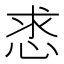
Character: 𢚡